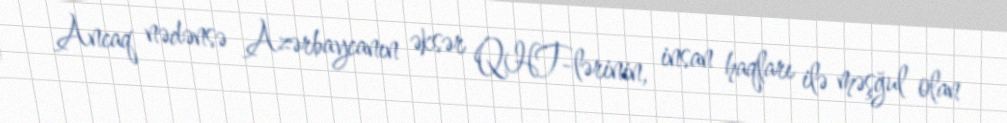
Ancaq nədənsə Azərbaycanın əksər QHT-lərinin, insan haqları ilə məşğul olan